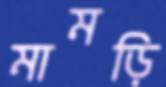
মামড়ি